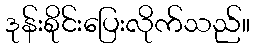
ဒုန်းစိုင်းပြေးလိုက်သည်။